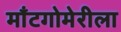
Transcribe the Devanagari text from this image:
माँटगोमेरीला